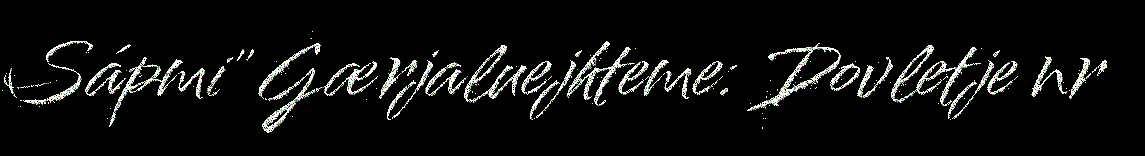
Sápmi" Gærjaluejhteme: Dovletje nr